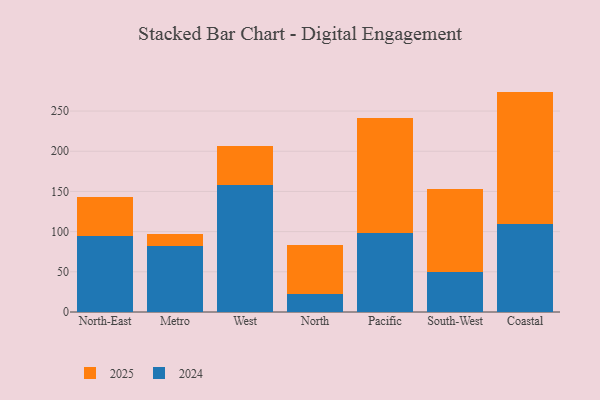
{"axis": {"x": "Region", "y": "Churn Rate (%)"}, "legend": ["2024", "2025"], "data": [{"x": "North-East", "y": 94.7, "type": "2024"}, {"x": "North-East", "y": 48.7, "type": "2025"}, {"x": "Metro", "y": 82.0, "type": "2024"}, {"x": "Metro", "y": 15.2, "type": "2025"}, {"x": "West", "y": 158.6, "type": "2024"}, {"x": "West", "y": 48.5, "type": "2025"}, {"x": "North", "y": 21.9, "type": "2024"}, {"x": "North", "y": 61.3, "type": "2025"}, {"x": "Pacific", "y": 98.8, "type": "2024"}, {"x": "Pacific", "y": 142.2, "type": "2025"}, {"x": "South-West", "y": 50.3, "type": "2024"}, {"x": "South-West", "y": 103.1, "type": "2025"}, {"x": "Coastal", "y": 109.2, "type": "2024"}, {"x": "Coastal", "y": 165.0, "type": "2025"}]}